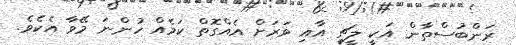
ރަންބުސްތާން އަކީ ލީޗީ އާއި ވަރަށް އެއްގޮތް ކަމެއް ހުންނަ މޭވާ އެކެވެ.